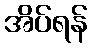
အိပ်ရန်